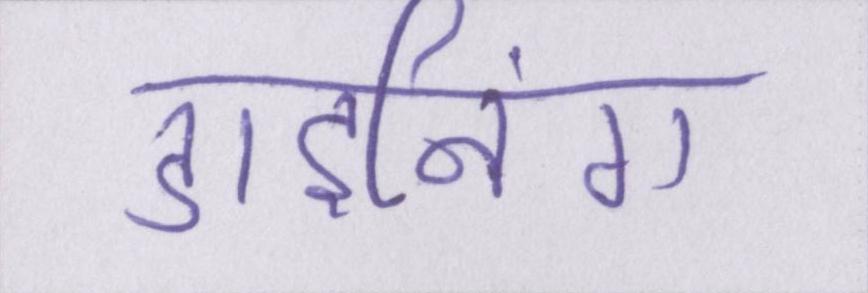
डाइनिंग